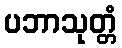
ပဘာသုတ္တံ